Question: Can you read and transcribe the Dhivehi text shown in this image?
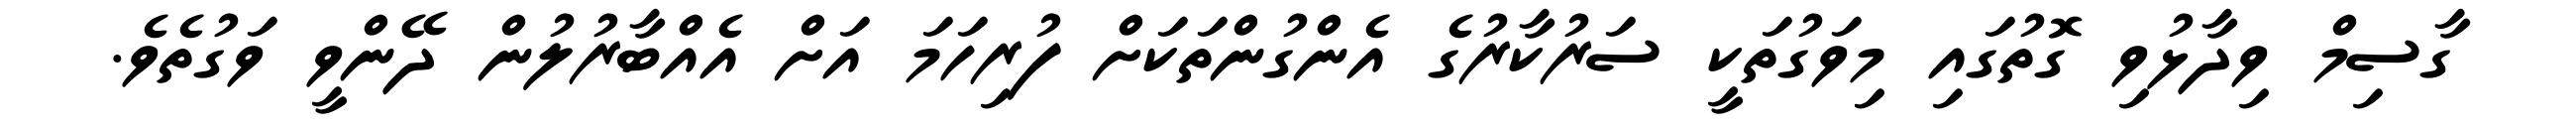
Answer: ގާސިމް ވިދާޅުވި ގޮތުގައި މިވަގުތަކީ ސަރުކާރުގެ އެންގުންތަކަށް ފުރިހަމަ އަށް އެއްބާރުލުން ދޭންވީ ވަގުތެވެ.